Report on vaccination in Madras 1922-1929 - 1922-1929
Year: 1922
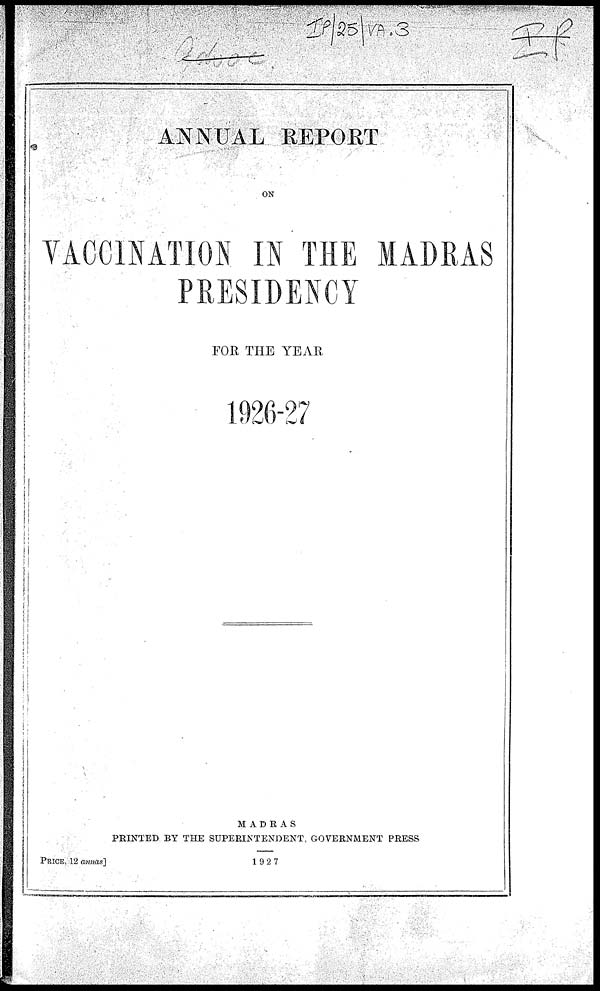
ANNUAL REPORT
ON
VACCINATION IN THE MADRAS
PRESIDENCY
FOR THE YEAR
1926-27
MADRAS
PRINTED BY THE SUPERINTENDENT, GOVERNMENT PRESS
1927
PRICE, 12 annas]